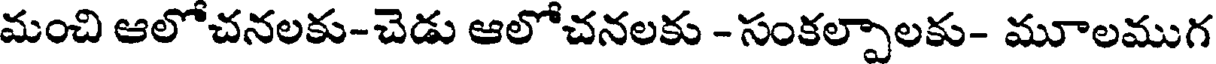
మంచి ఆలోచనలకు-చెడు ఆలోచనలకు - సంకల్పాలకు- మూలముగ